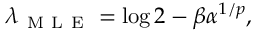
\lambda _ { \mathrm { ~ M ~ L ~ E ~ } } = \log 2 - \beta { \alpha } ^ { 1 / p } ,